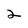
Character: 2